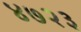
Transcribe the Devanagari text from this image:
४७२३